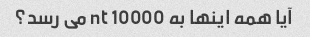
آیا همه اینها به 10000 nt می رسد؟